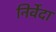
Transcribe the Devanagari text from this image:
निर्वेदा